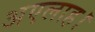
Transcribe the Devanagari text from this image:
अएलाह।